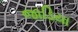
જાડિયા